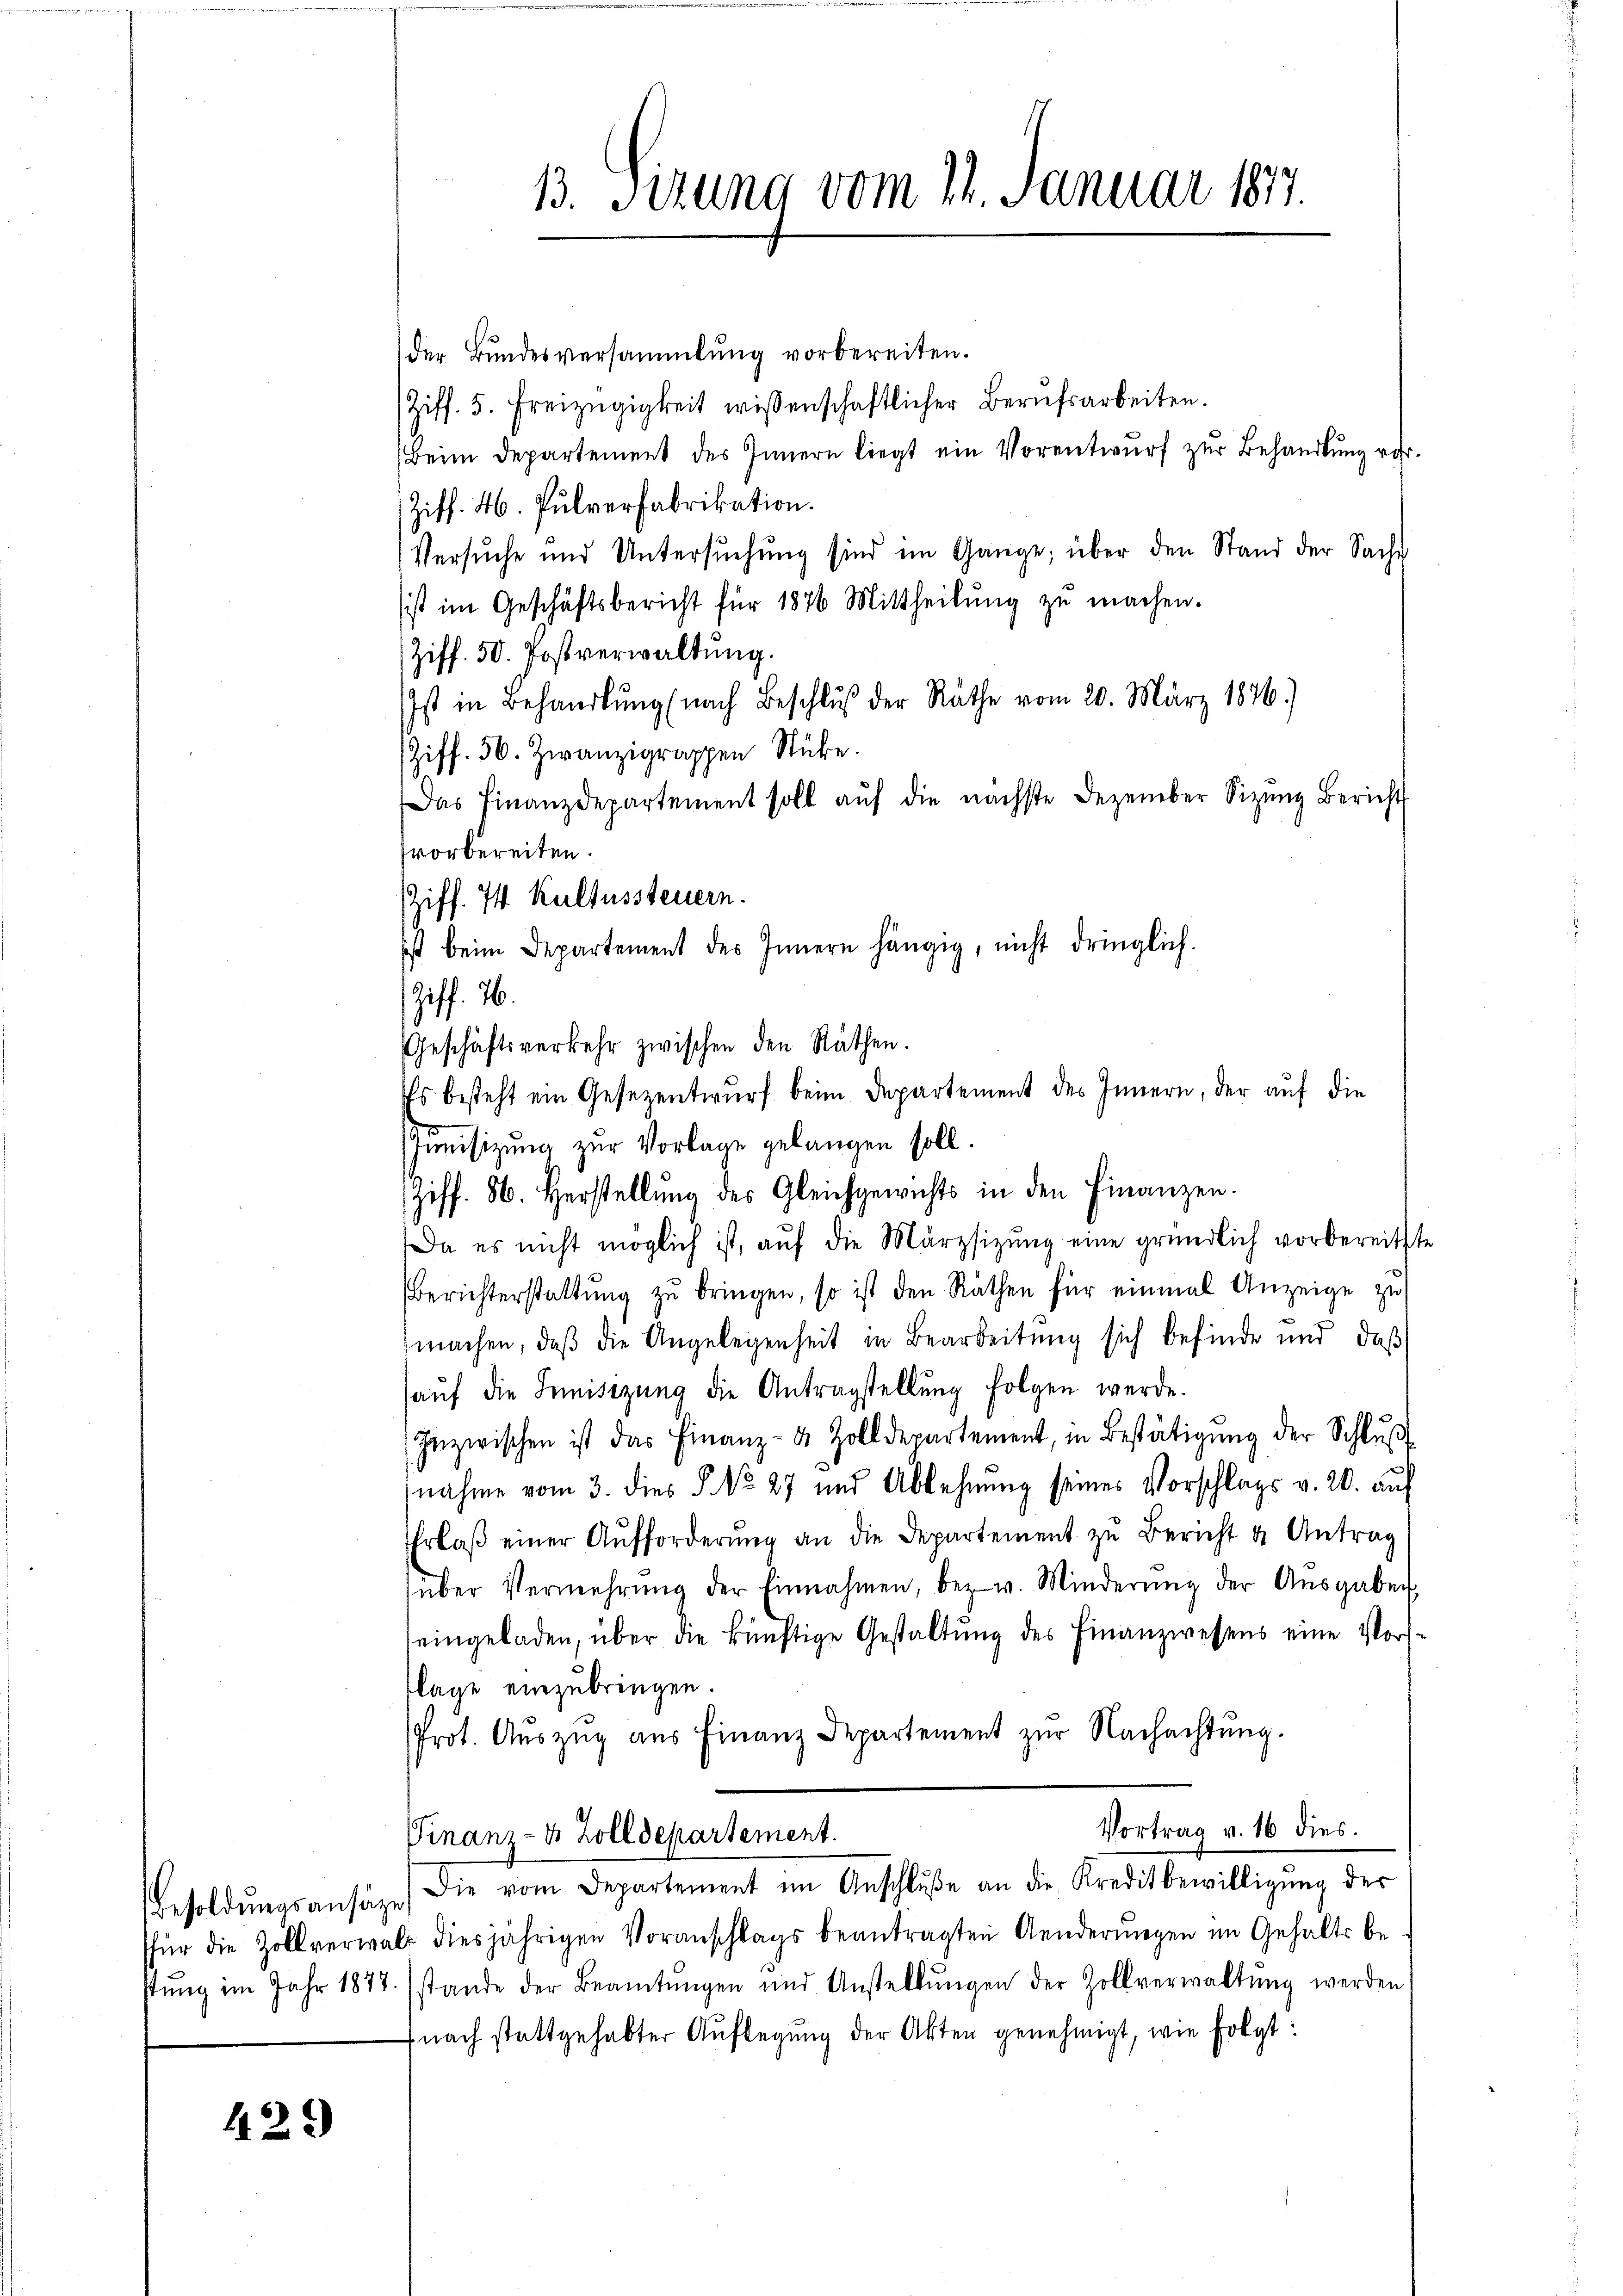
429

13. Sitzung vom 14. Januar 1877.

der Bundesversammlung vorbereiten.
Ziff. 5. Freizügigkeit wissenschaftlicher Berufsarbeiten.
Beim Departement des Innern liegt ein Vorentwurf zur Behandlung vor.
Ziff. 46. Pulverfabrikation.
Versuche und Untersŭchŭng sind im Gange, über den Stand der Sache
ist im Geschäftsbericht für 1876 Mittheilŭng zŭ machen.
Ziff. 50. Postverwaltŭng.
Ist in Behandlung (nach Beschlŭβ der Räthe vom 20. März 1876.
Ziff. 56. Zwanzigrappen Stücke.
Das Finanzdepartement soll aŭf die nächste Dezember Sitzŭng Bericht
svorbereiten.
Ziff. 74 Kultussteuern.
ist beim Departement des Innern hängig, nicht dringlich.
Ziff. 76.
Geschäftsverkehr zwischen den Räthen.
Es besteht ein Gesezentwurf beim Departement des Innern, der auf die
Junisizung zur Vorlage gelangen soll.
Ziff. 86. Herstellung des Gleichgewichts in den Finanzen.
Da es nicht möglich ist, aŭf die Märzsizŭng eine gründlich vorbereits
Berichterstattŭng zŭ bringen, so ist den Räthen für einmal Anzeige zu
machen, daβ die Angelegenheit in Bearbeitung sich befinde und daß
aŭf die Beisizung die Antragstellŭng folgen werde.
Inzwischen ist das Finanz- & Zolldepartement, in Bestätigŭng der Schlŭβ
nahme vom 3. dies §. No 27 und Ablehnŭng seines Vorschlags v. 20. auf
Ehrlaβ einer Aŭfforderŭng an die Departement zŭ bericht u. Antrag
(über Vermehrŭng der Einnahmen, bez. v. Minderŭng der Aŭsgaben,
eingeladen, über die künftige Gestaltŭng des Finanzwesens eine Vor-
lage einzubringen.
Prot. Auszug aus Finanz Departement zur Nachachtung.
Vortrag v. 16 dies.
Finanz- & Zolldepartement.
Besoldŭngsansäze) Die vom Departement im Anschlŭβe an die Kreditbewilligŭng der
für die Zollverwalt diesjährigen Voranschlags beantragten Aenderungen im Gehalts bestŭng im Jahr 1877 stande der Beamtŭngen und Anstellŭngen der Zollverwaltŭng werden
nach stattgehabter Auflegung der Akten genehmigt, wie folgt: